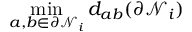
\mathop { \operatorname* { m i n } } _ { a , b \in \partial \mathcal { N } _ { i } } d _ { a b } ( \partial \mathcal { N } _ { i } )